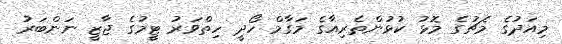
މިއަދުގެ މެޗުގެ މޮޅު ކުޅުންތެރިއާގެ މަގާމް ހޯދީ ހިތްވަރު ޓީމުގެ ޖާޒީ ނަންބަރު